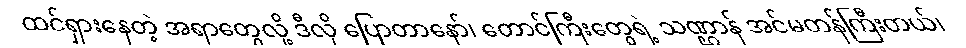
ထင်ရှားနေတဲ့ အရာတွေလို့ ဒီလို ပြောတာနော်၊ တောင်ကြီးတွေရဲ့ သဏ္ဌာန် အင်မတန်ကြီးတယ်၊